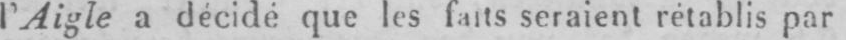
l’Aigle a décide que les faits seraient rétablis par